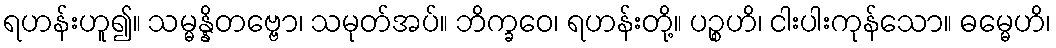
ရဟန်းဟူ၍။ သမ္မန္နိတဗ္ဗော၊ သမုတ်အပ်။ ဘိက္ခဝေ၊ ရဟန်းတို့။ ပဉ္စဟိ၊ ငါးပါးကုန်သော။ ဓမ္မေဟိ၊